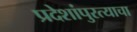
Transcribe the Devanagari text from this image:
प्रदेशांपुरत्याचा